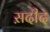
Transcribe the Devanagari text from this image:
स़दीद